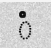
ំ